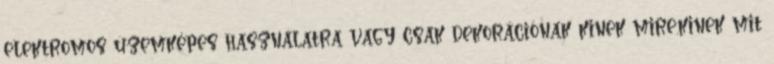
elektromos üzemképes használatra vagy csak dekorációnak kinek mire.kinek mit